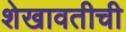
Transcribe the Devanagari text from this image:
शेखावतीची